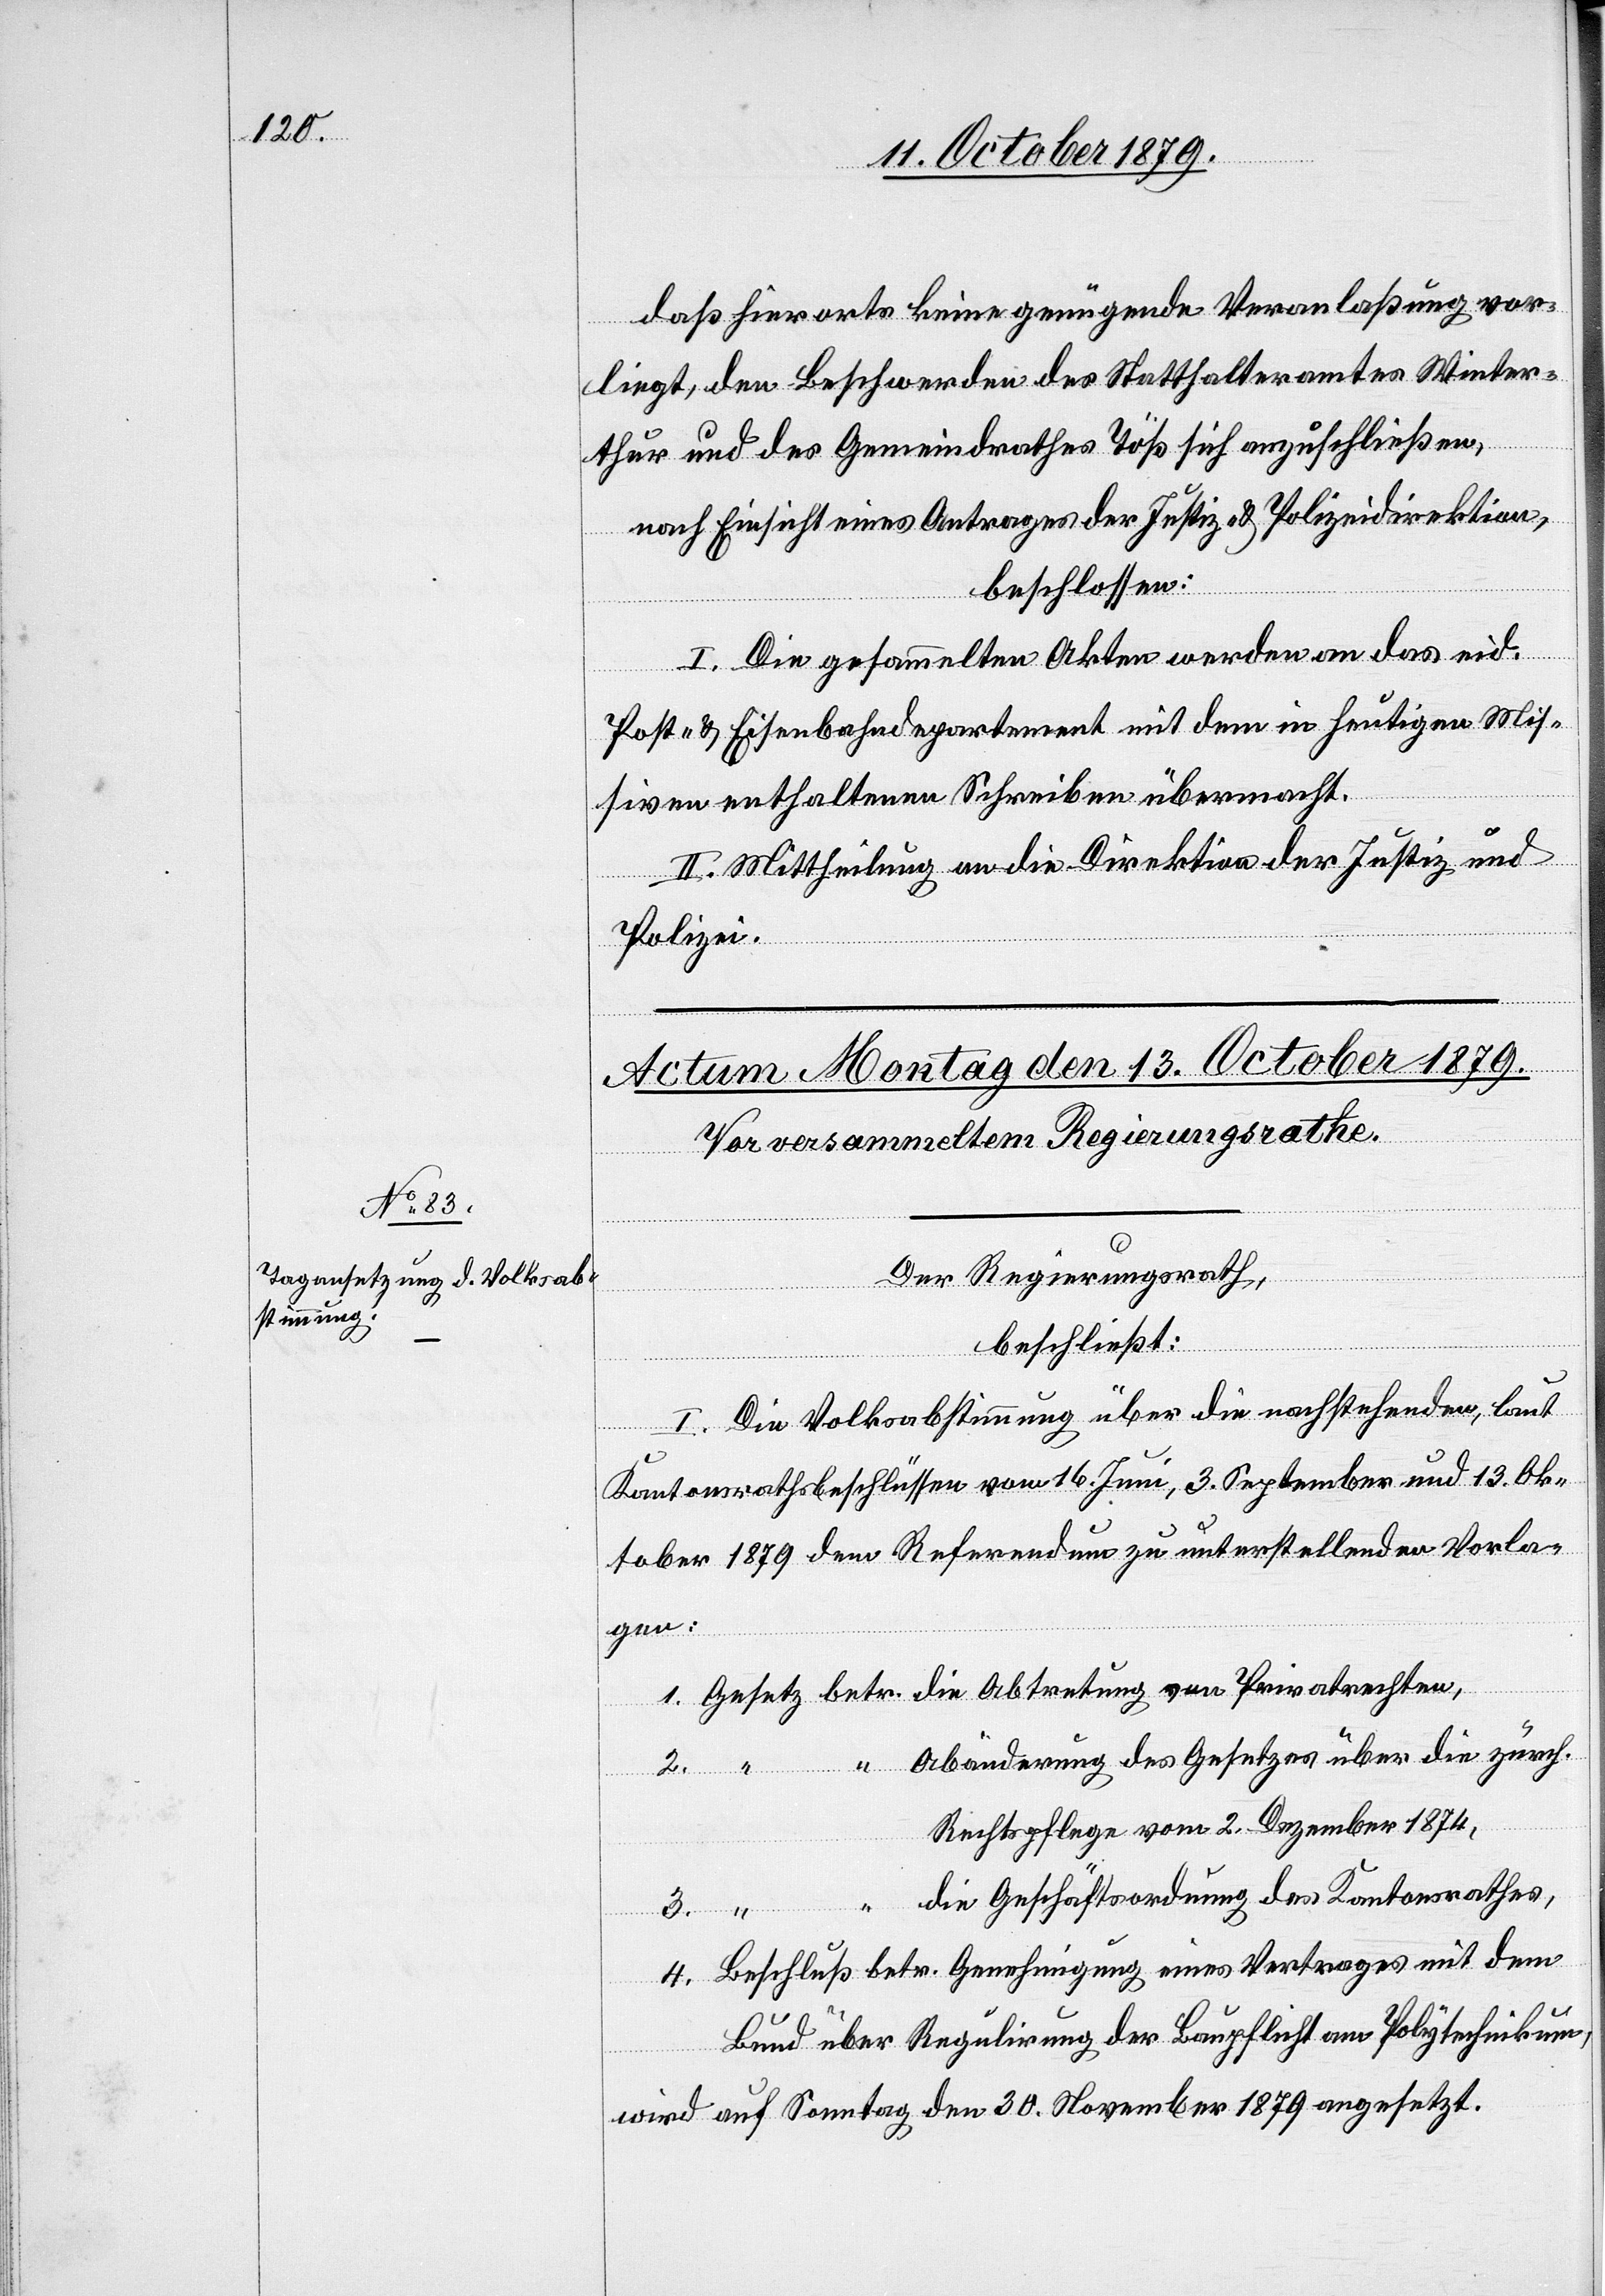
2. Dezember 1874,
daß hierorts keine genügende Veranlaßung vor¬
liegt, den Beschwerden des Statthalteramtes Winter¬
thur und des Gemeindrathes Töß sich anzuschließen,
nach Einsicht eines Antrages der Justiz- & Polizeidirektion,
beschlossen:
I. Die gesammelten Akten werden an das eid.
Post- & Eisenbahndepartement mit dem in heutigen Mis¬
siven enthaltenen Schreiben übermacht.
II. Mittheilung an die Direktion der Justiz und
Polizei.
vom
Der Regierungsrath,
beschliesst:
I. Die Volksabstimmung über die nachstehenden, laut
Kantonsrathsbeschlüssen vom 16. Juni, 3. September und 13. Ok¬
tober 1879 dem Referendum zu unterstellenden Vorla¬
gen:
1. Gesetz betr. die Abtretung von Privatrechten,
Abänderung des Gesetzes über die zürch.
die Geschäftsordnung des Kantonsrathes,
4. Beschluß betr. Genehmigung eines Vertrages mit dem
Bund über Regulirung der Baupflicht am Polytechnikum,
wird auf Sonntag den 30. November 1879 angesetzt.